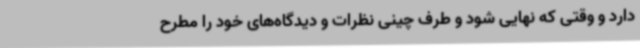
دارد و وقتی که نهایی شود و طرف چینی نظرات و دیدگاه‌های خود را مطرح